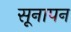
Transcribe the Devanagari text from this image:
सूनापन